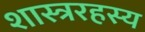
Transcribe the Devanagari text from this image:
शास्त्ररहस्य